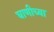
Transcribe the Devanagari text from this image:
घाणीच्या